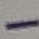
Text: -